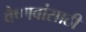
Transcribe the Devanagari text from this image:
वैष्णवांसाठी